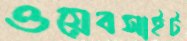
ওয়েবসাইট